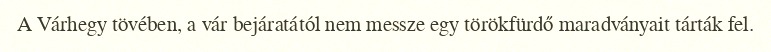
A Várhegy tövében, a vár bejáratától nem messze egy törökfürdő maradványait tárták fel.